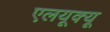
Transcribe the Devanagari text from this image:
एलयूक्यू